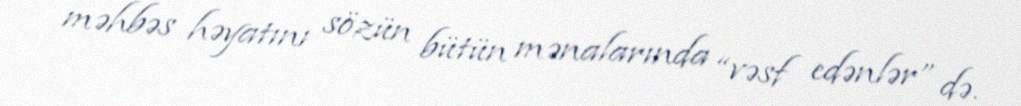
məhbəs həyatını sözün bütün mənalarında “vəsf edənlər” də.